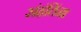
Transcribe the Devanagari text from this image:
संहंतिंना